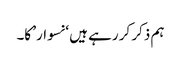
ہم ذکر کر رہے ہیں ‘نسوار’ کا۔